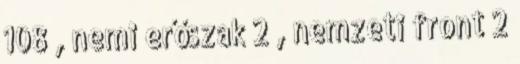
108 , nemi erőszak 2 , nemzeti front 2